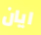
ايان